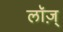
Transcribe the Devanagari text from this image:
लॉज़्